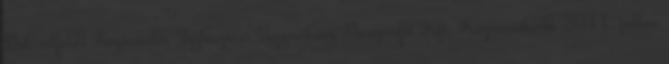
Dél-alföldi Regionális Fejlesztési Ügynökség Nonprofit Kft. Közreműködő 2011. július